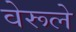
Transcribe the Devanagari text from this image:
वेरूले